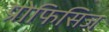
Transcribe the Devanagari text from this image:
प्रोफिसिज